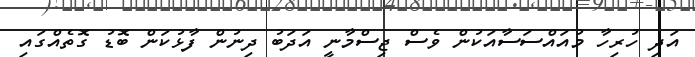
އަދި ހުރިހާ މުއައްސަސާއަކުން ވެސް ޖިސްމާނީ އަދަބު ދިނުން ފާޅުކަން ބޮޑު ގޮތެއްގައި